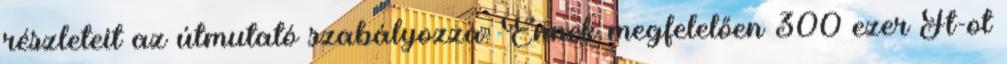
részleteit az útmutató szabályozza. Ennek megfelelően 300 ezer Ft-ot